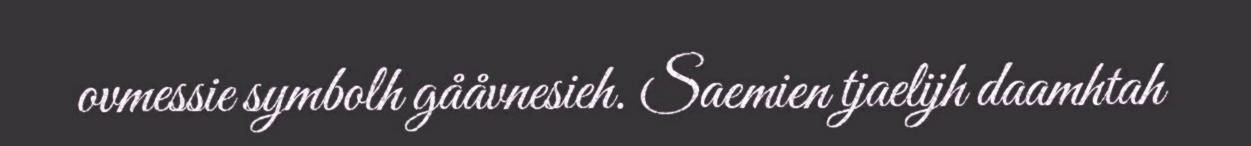
ovmessie symbolh gååvnesieh. Saemien tjaelijh daamhtah